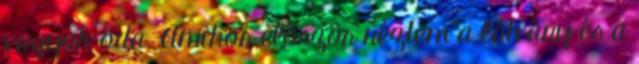
vagyok oda. Amikor először néztem a látvány és a